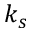
k _ { s }